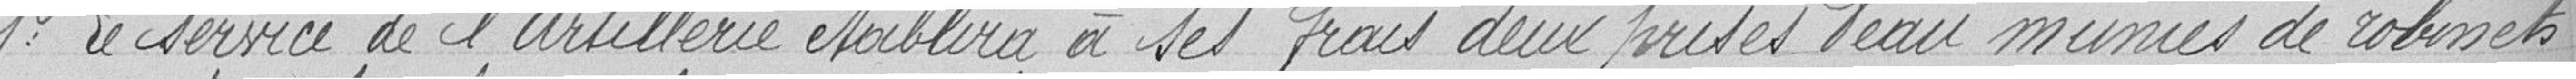
1° Le service de l'Artillerie établira à ses frais deux prises d'eau munies de robinets